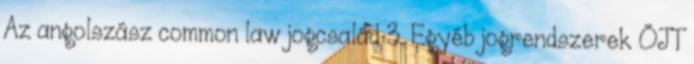
Az angolszász common law jogcsalád 3. Egyéb jogrendszerek ÖJT